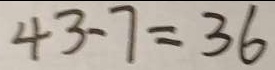
4 3 - 7 = 3 6